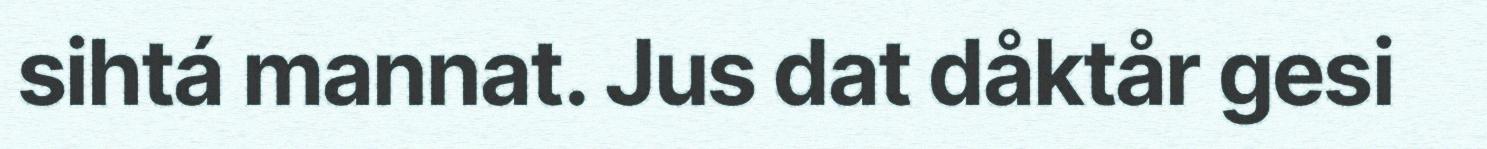
sihtá mannat. Jus dat dåktår gesi